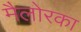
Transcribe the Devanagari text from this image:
मैलोरका